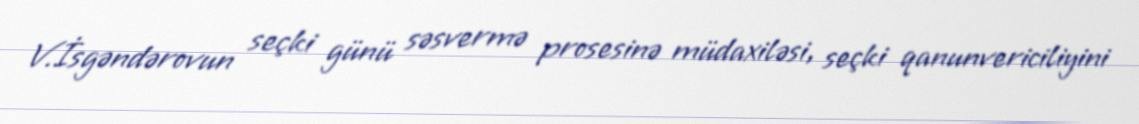
V.İsgəndərovun seçki günü səsvermə prosesinə müdaxiləsi, seçki qanunvericiliyini